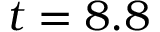
t = 8 . 8